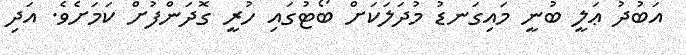
އަބުދު ޢަލީ ބުނީ މައިގަނޑު މުދަލަކަށް ބޯޓުގައި ހުރީ ގޮދަންފުށް ކަމަށެވެ. އަދި